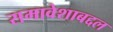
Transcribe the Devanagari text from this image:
समावेशाबद्दल